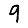
Digit: 9